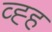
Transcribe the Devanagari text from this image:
व्ह्ह